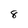
Character: 8